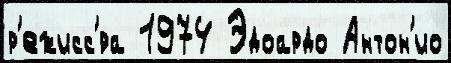
р'ежисс'́ра 1974 Эдоардо Антон'ио